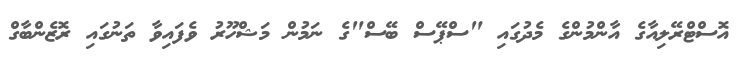
އޮސްޓްރޭލިއާގެ އާންމުންގެ މެދުގައި "ސްޕޭސް ބޭސް"ގެ ނަމުން މަޝްހޫރު ވެފައިވާ ތަނުގައި ރޮޒެންބާގް